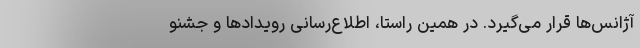
آژانس‌ها قرار می‌گیرد. در همین راستا، اطلاع‌رسانی رویدادها و جشنو